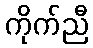
ကိုက်ညီ